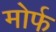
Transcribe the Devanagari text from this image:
मोर्फ